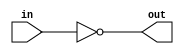
  module performance_Not_w1 ( 
in,
 out);
input  in;
output  out;

assign out = ~in;
endmodule